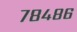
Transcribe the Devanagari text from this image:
७८४८६